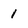
Character: 1